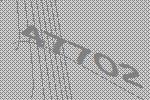
47702